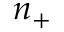
n _ { + }